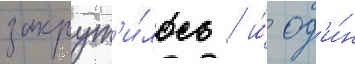
закрут'и́лось / и́ од'и́н